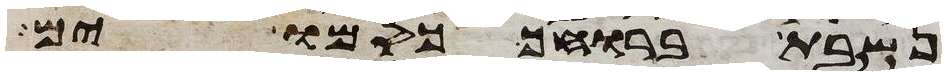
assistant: נשבת ברוחך כסמו ים